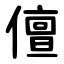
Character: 儃